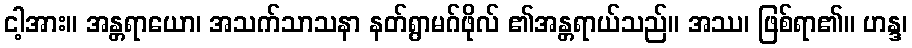
ငါ့အား။ အန္တရာယော၊ အသက်သာသနာ နတ်ရွာမဂ်ဖိုလ် ၏အန္တရာယ်သည်။ အဿ၊ ဖြစ်ရာ၏။ ဟန္ဒ၊